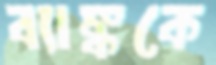
ব্যাঙ্ককে